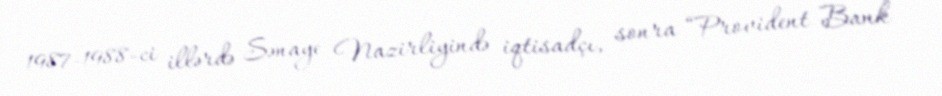
1987-1988-ci illərdə Sənaye Nazirliyində iqtisadçı, sonra “Provident Bank